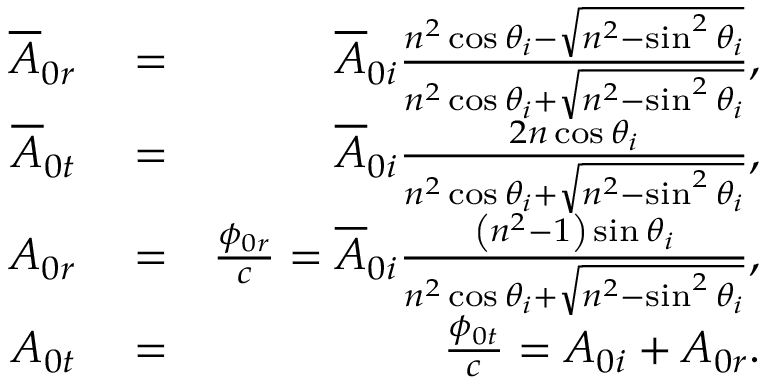
\begin{array} { r l r } { \overline { { A } } _ { 0 r } } & { { } = } & { \overline { { A } } _ { 0 i } \frac { n ^ { 2 } \cos \theta _ { i } - \sqrt { n ^ { 2 } - \sin ^ { 2 } \theta _ { i } } } { n ^ { 2 } \cos \theta _ { i } + \sqrt { n ^ { 2 } - \sin ^ { 2 } \theta _ { i } } } , } \\ { \overline { { A } } _ { 0 t } } & { { } = } & { \overline { { A } } _ { 0 i } \frac { 2 n \cos \theta _ { i } } { n ^ { 2 } \cos \theta _ { i } + \sqrt { n ^ { 2 } - \sin ^ { 2 } \theta _ { i } } } , } \\ { A _ { 0 r } } & { { } = } & { \frac { \phi _ { 0 r } } { c } = \overline { { A } } _ { 0 i } \frac { \left( n ^ { 2 } - 1 \right) \sin \theta _ { i } } { n ^ { 2 } \cos \theta _ { i } + \sqrt { n ^ { 2 } - \sin ^ { 2 } \theta _ { i } } } , } \\ { A _ { 0 t } } & { { } = } & { \frac { \phi _ { 0 t } } { c } = A _ { 0 i } + A _ { 0 r } . } \end{array}